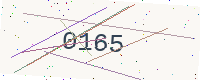
Text: 0165